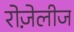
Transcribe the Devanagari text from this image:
रोज़ेलीज